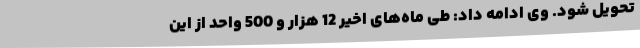
تحویل شود. وی ادامه داد: طی ماه‌های اخیر 12 هزار و 500 واحد از این